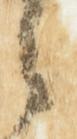
之